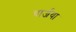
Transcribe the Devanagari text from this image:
चार्जया